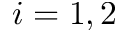
i = 1 , 2